Annual administration report of the Civil Veterinary Department of India - 1899-1900
Year: 1899
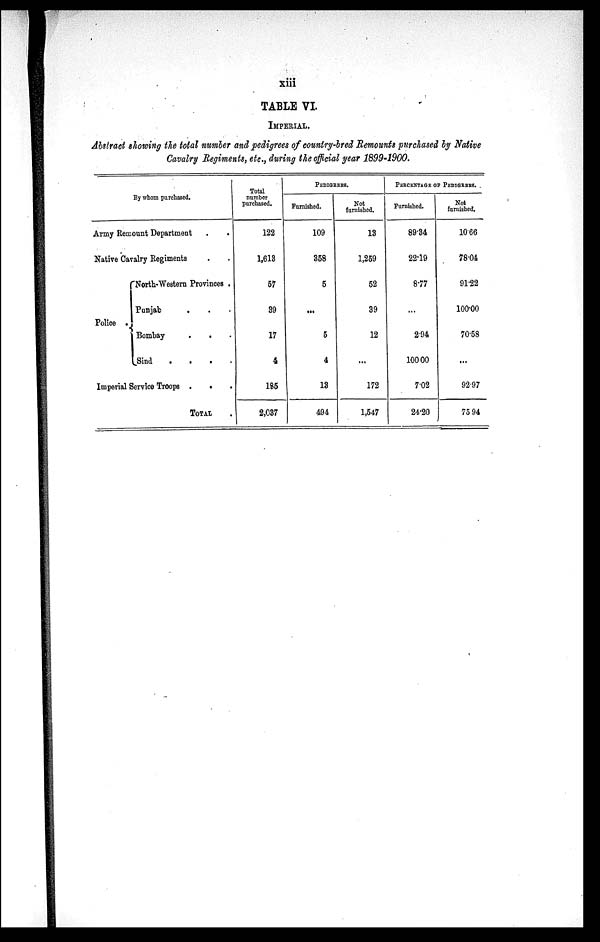
xiii
TABLE VI.
IMPERIAL.
Abstract showing the total number and pedigrees of country-bred Remounts purchased by Native
Cavalry Regiments, etc., during the official year 1899-1900.
By whom purchased.
Army Remount Department . .
Native Cavalry Regiments . .
Police .
North-Western Provinces .
Punjab .
Bombay . . .
Sind
.
.
.
.
Imperial Service Troops . . .
TOTAL.
Total
number
purchased.
122
1,613
57
39
17
4
185
2,037
PEDIGREES.
Farnished.
109
358
5
...
5
4
13
494
Not
furnished.
13
1,259
52
39
12
...
172
1,547
PERCENTAGE OF PEDIGREES.
Furnished.
89.34
22.19
8.77
...
294
100 00
7.02
24.20
Not
furnished.
1066
78.04
91.22
100.00
70.58
...
92.97
75 94